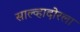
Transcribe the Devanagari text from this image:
साल्व्हादोरला